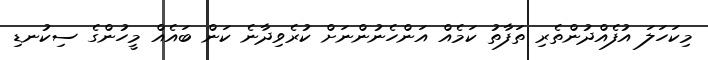
މިކަހަލަ އުފެއްދުންތެރި ތަފާތު ކަމެއް އަންހެނުންނަށް ކުރެވިދާނެ ކަން ބައެއް މީހުންގެ ސިކުނޑި